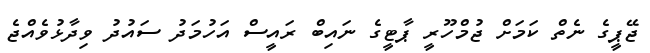
ޖޭޕީގެ ނެތް ކަމަށް ޖުމްހޫރީ ޕާޓީގެ ނައިބް ރައީސް އަހުމަދު ސައުދު ވިދާޅުވެއްޖެ